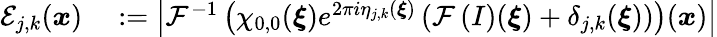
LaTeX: \begin{array}{rl}{\mathcal{E}_{j,k}(\boldsymbol{x})}&{{}:=\left\vert\mathcal{F}^{-1}\left(\chi_{0,0}(\boldsymbol{\xi})e^{2\pi i\eta_{j,k}(\boldsymbol{\xi})}\left(\mathcal{F}\left(I\right)(\boldsymbol{\xi})+\delta_{j,k}(\boldsymbol{\xi})\right)\right)(\boldsymbol{x})\right\vert}\end{array}